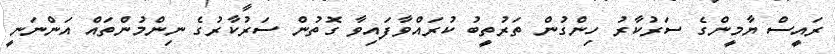
ރައީސް ޔާމީންގެ ސަރުކާރު ހިންގުން ތަރުތީބު ކުރައްވާފައިވާ ގޮތުން ސަރުކާރުގެ ނިންމުންތައް އަންނަނީ